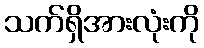
သက်ရှိအားလုံးကို